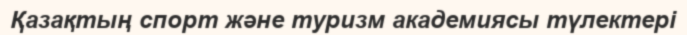
Қазақтың спорт және туризм академиясы түлектері